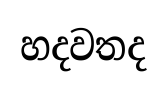
හදවතද